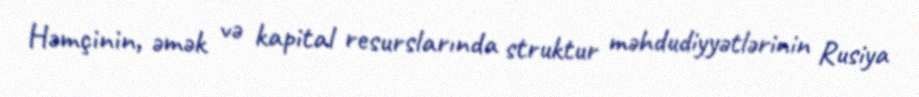
Həmçinin, əmək və kapital resurslarında struktur məhdudiyyətlərinin Rusiya